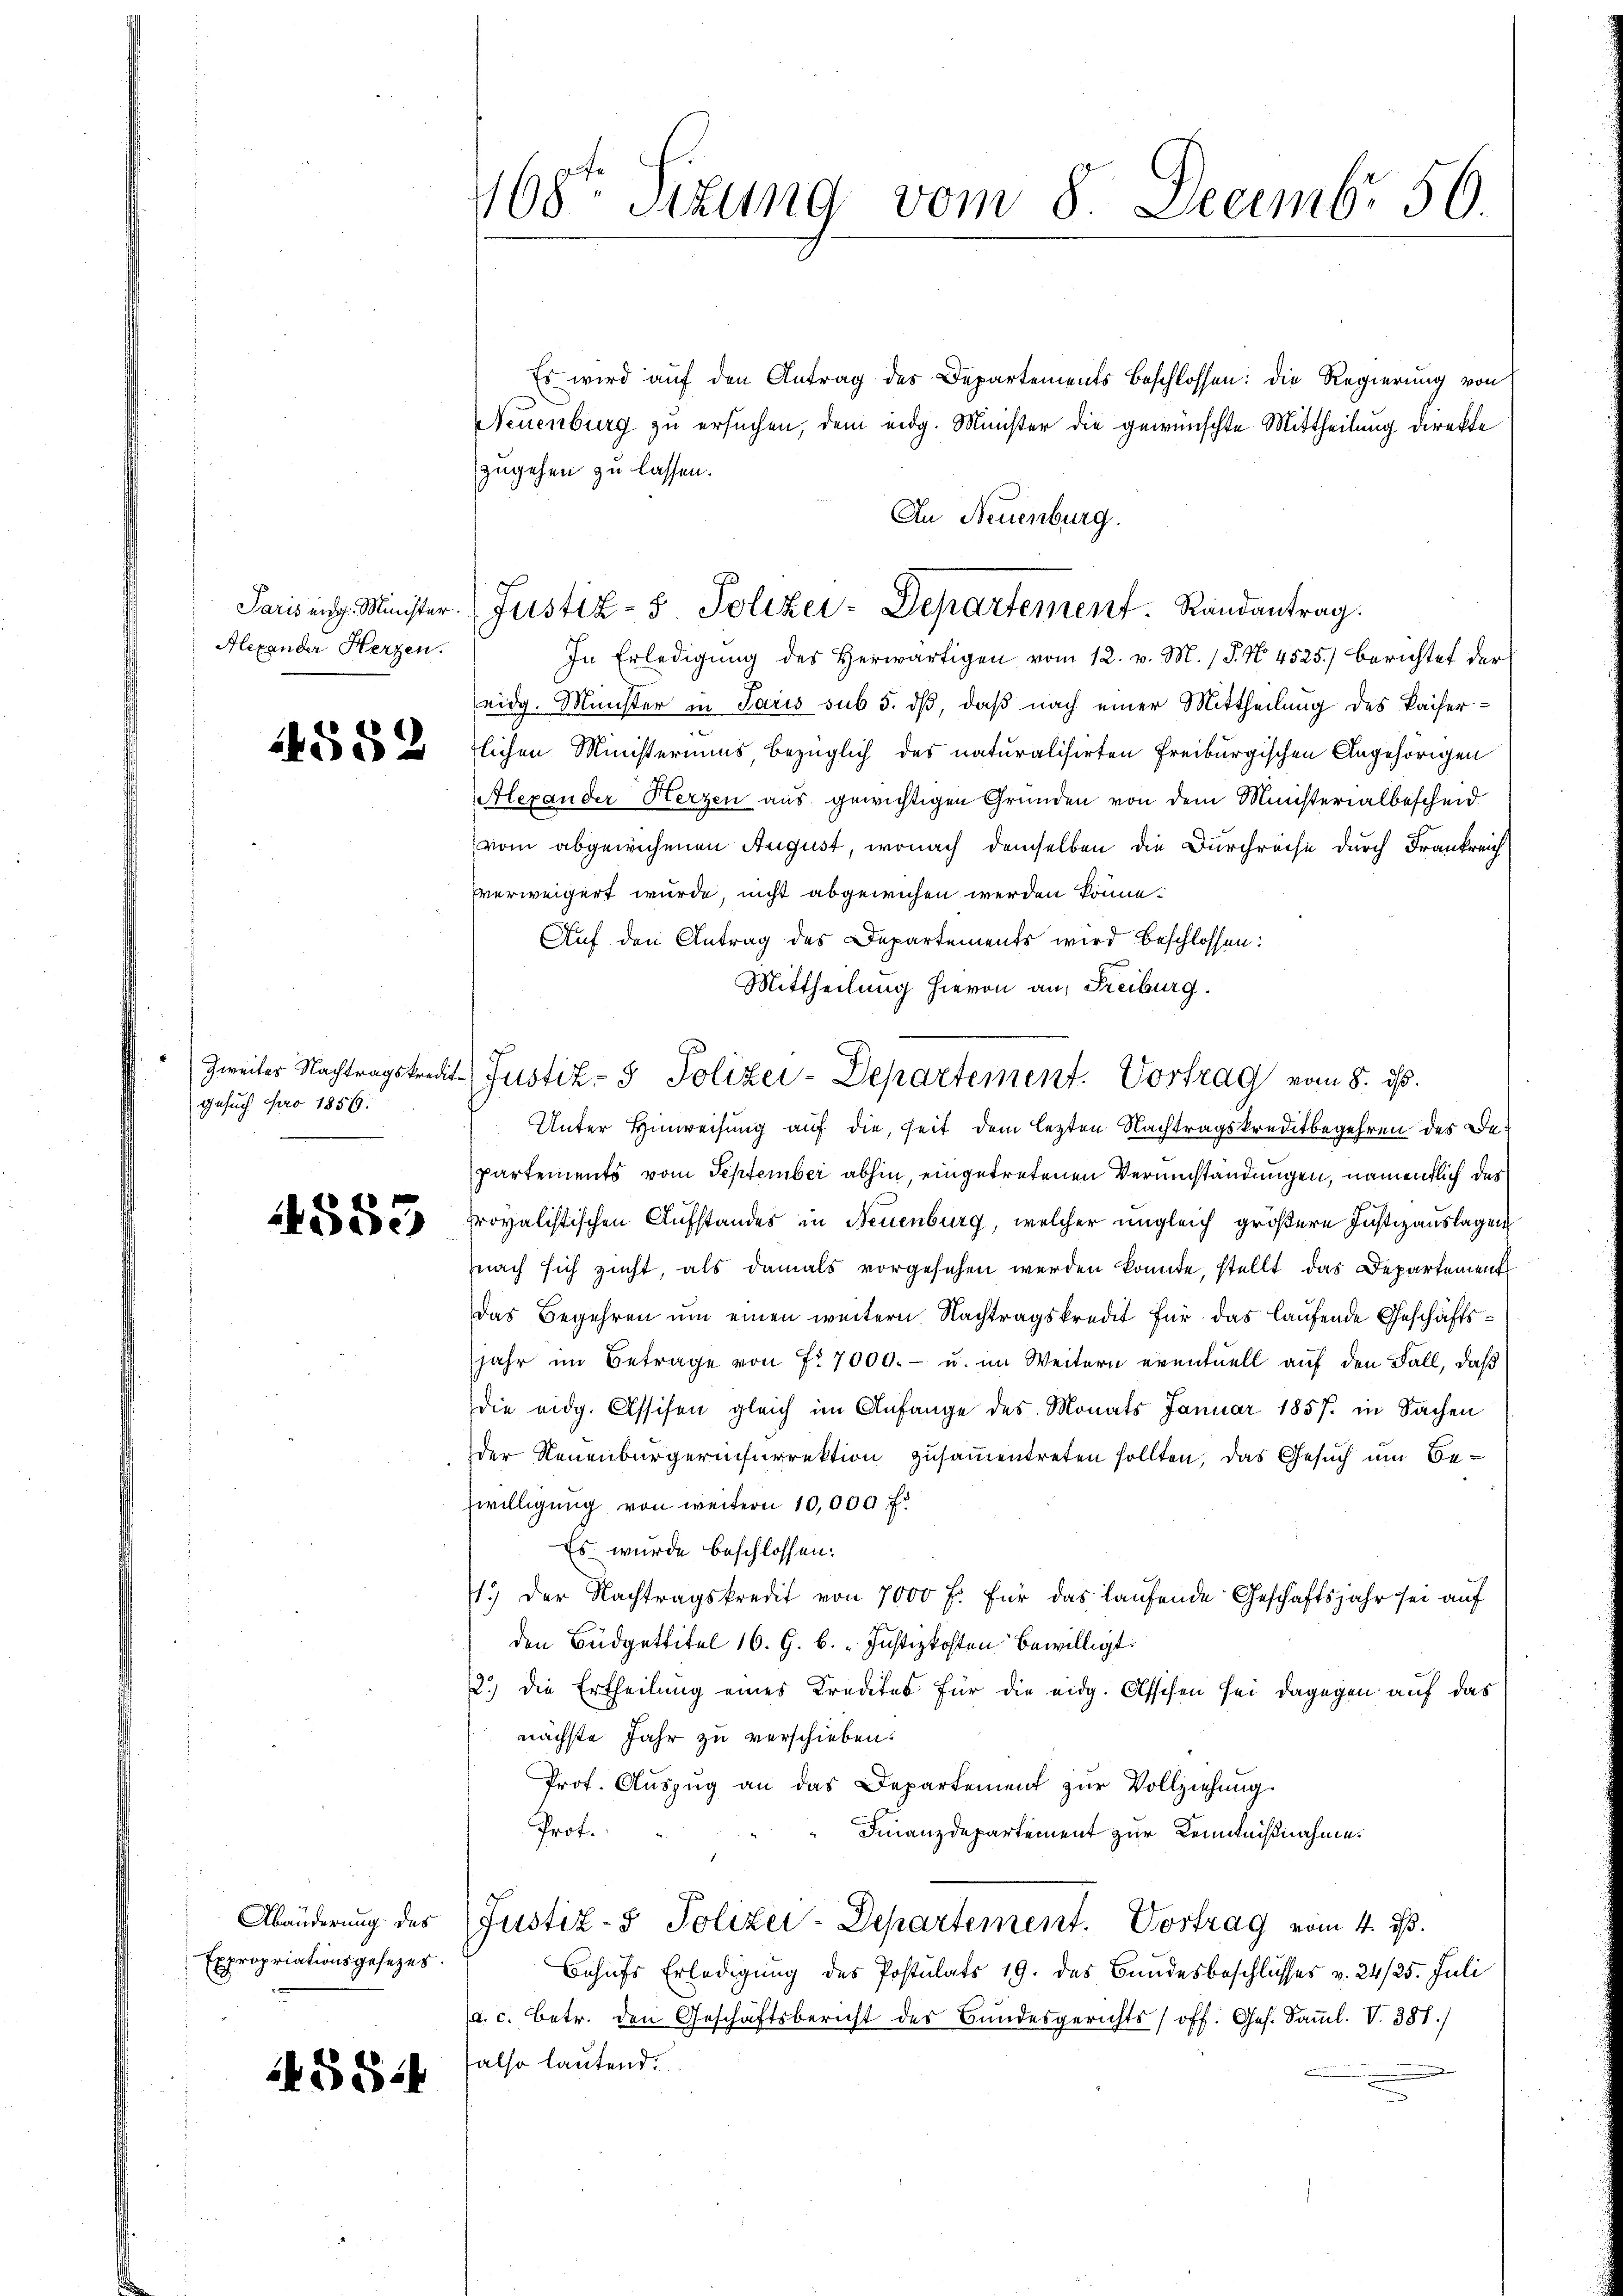
Alexander Herzen.

Gesuch pro 1856.

f
4550

Expropriationsgesetzes.

4584

Es wird auf den Antrag des Departements Beschlossen: die Regierung von
Neuenburg zu ersuchen, dem eidg. Münster die gewünschte Mittheilung direkte
zugehen zu lassen.
In Erledigung des Herwärtigen vom 12. v. M. (S. No. 4525.) Berichtet der
eidg. Minister in Paris sub 5. dß, daß nach einer Mittheilung des Kaisera ad ad u tlichen Ministeriums, bezüglich des naturalisirten Freiburgischen Angehörigen
Alexander Herzen aus gewichtigen Gründen von dem Ministerialbescheid
(vom abgewichenen August, wonach demselben die Durchreise durch Frankreich
verweigert wurde, nicht abgewichen werden könne.
Auf den Antrag des Departements wird beschlossen:
Mittheilung hievon an, Freiburg.
Unter Hinweisung auf die, seit dem lezten Nachtragskreditbegehren des Be¬
Partements vom September abhin, eingetretenen Verumständungen, namentlich des
provalistischen Aufstandes in Neuenburg, welcher ungleich größere Justizauslagen
nach sich zieht, als damals vorgesehen werden konnte, stellt das Departement
Das Begehren um einen weitern Nachtragskredit für das laufende Geschäftsjahr im Betrage von Nr 7000.- u. im Weitern eventuell auf den Fall, daß
die eidg. Assisen gleich im Anfange des Monats Januar 1857 in Sachen
der Neuenburgerinfurrektion zusammentreten sollten, das Gesuch um Bewilligung von weitern 10,000. f.
Es wurde beschlossen:
1.) Der Nachtragskredit von 7000 f. für das laufende Geschäftsjahr sei auf
den Büdgettitel 16. G. B. „ Justizkosten bewilligt.
2.) Die Ertheilung eines Kredites für die eidg. Assisen sei dagegen auf das
nächste Jahr zu verschieben.
Prof. Aŭszŭg an das Departement zur Vollziehung.
Prof.
Finanzdepartement zur Kenntnißnahme.
Abänderung des Justiz- & Polizei-Departement. Vortrag vom 4. ds.
Behufs Erledigung des Postulats 19. des Bundesbeschlusses v. 24/25. Juli
a. c. Betr. den Geschäftsbericht des Bundesgerichts (off. Ges. Samml. V. 381.)
also lautend

168te Sitzung vom 8. Decemb. 50.

An Neuenburg.
Parising. Minister. (Justiz- & Polizei-Departement. Randantrag.

Zweiter Nachtragskredit- Justiz- & Polizei-Departement. Vortrag vom 8. ds.